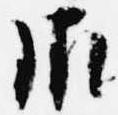
御